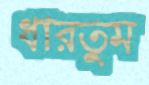
ধারতুম